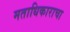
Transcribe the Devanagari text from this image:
मताधिकाराचा